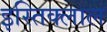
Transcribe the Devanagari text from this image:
इस्तिक्लाल